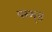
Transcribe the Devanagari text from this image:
परम्॥